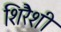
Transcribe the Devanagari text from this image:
शिरैशी